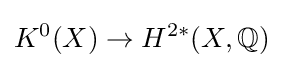
K^{0}(X)\to H^{2*}(X,\mathbb {Q} )